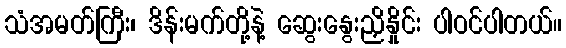
သံအမတ်ကြီး၊ ဒိန်းမက်တို့နဲ့ ဆွေးနွေးညှိနှိုင်း ပါဝင်ပါတယ်။